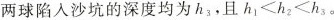
两球陷入沙坑的深度均为h_{3}，且$$h _ { 1 } ≤ h _ { 2 } ≤ h _ { 3 }$$。